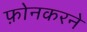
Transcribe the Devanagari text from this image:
फ़ोनकरने